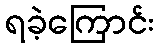
ရခဲ့ကြောင်း